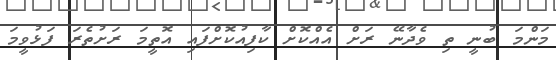
މަންްމަ ބުނީ ތި ވެދާނޭ ރަށް އެއްކޮށް ކާފިއުކޮށްފައި އޮތީމަ ރަށުތެރަ ފަޅުވީމަ